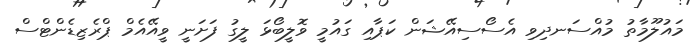
މައުލޫމާތު މުއްސަނދިވި އެސޯސިއޭޝަން ކަޕާއި ގައުމީ ވޮލީބޯޅަ ލީގު ފަށަނީ ވީއޭއެމް ޕްރެޒިޑެންޓްސް